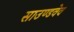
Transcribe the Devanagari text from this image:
साउण्डवेव